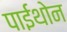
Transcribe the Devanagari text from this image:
पाईथोन